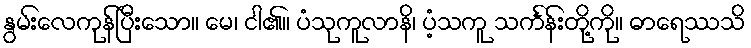
နွမ်းလေကုန်ပြီးသော။ မေ၊ ငါ၏။ ပံသုကူလာနိ၊ ပံ့သကူ သင်္ကန်းတို့ကို။ ဓာရေဿသိ